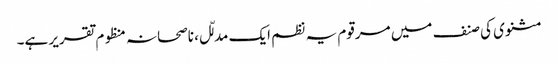
مثنوی کی صنف میں مرقوم یہ نظم ایک مدلّل، ناصحانہ منظوم تقریر ہے۔